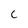
Character: C